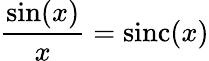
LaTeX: {\frac{\sin(x)}{x}}=\operatorname{sinc}(x)